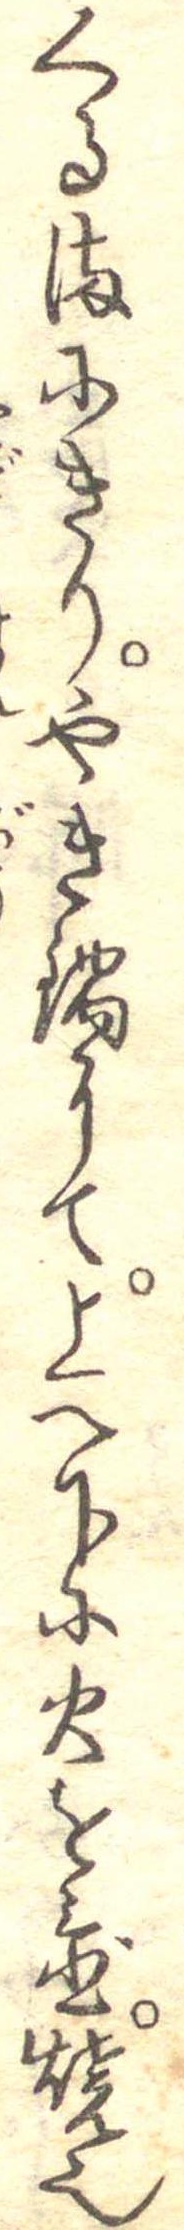
くるまにきりやき鍋にて上へ下に火を置焼也